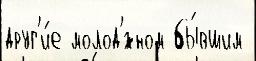
друг'и́е молод'́жном бы́вшим